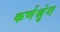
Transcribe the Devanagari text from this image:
कर्णश्रृंग